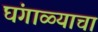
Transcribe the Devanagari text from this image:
घंगाळ्याचा